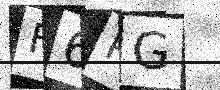
Text: F6PG